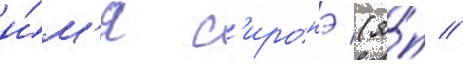
и́м'я с'иронэ (я́п //